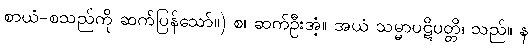
စာယံ-စသည်ကို ဆက်ပြန်သော်။) စ၊ ဆက်ဦးအံ့။ အယံ သမ္မာပဋိပတ္တိ၊ သည်။ န